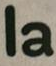
la